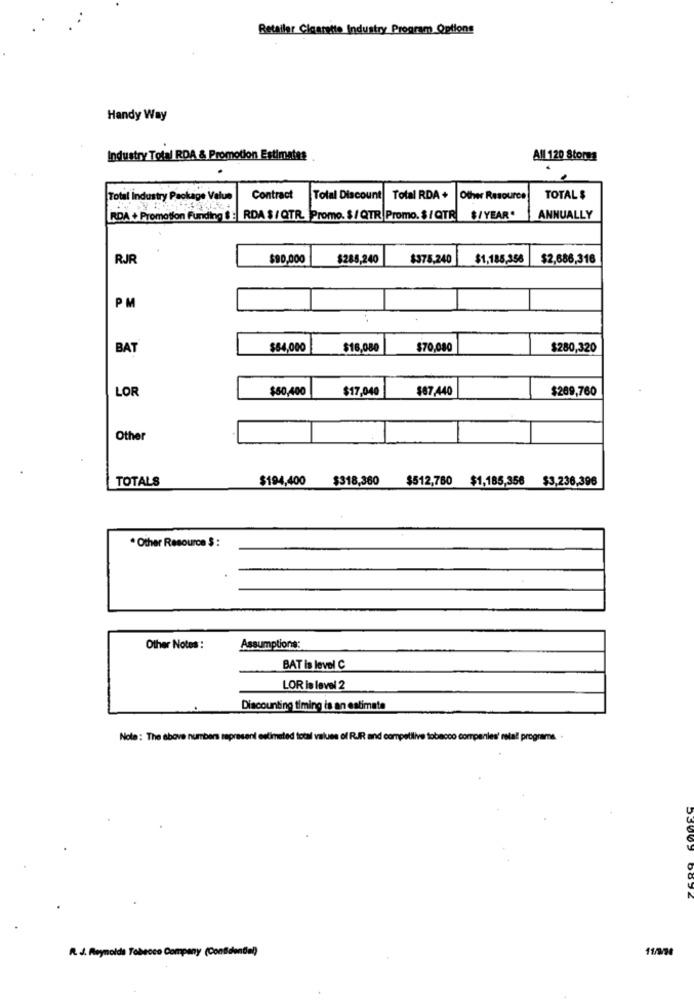
Retailer Cigarette Industry Program Options
Handy Way
Industry Total RDA & Promotion Estimates
All 120 Storms
Total Industry Package Value
Contract
Total Discount
Total RDA+
Other Resource
TOTAL $
RDA + Promotion Funding SE RDA $ / QTR. Promo. $ / QTR Promo. $ / QTR $/ YEAR"
ANNUALLY
RJR
$90,000
$288,240
$378,240
$1,185,358
$2,686,316
PM
BAT
$54,000
$16,080
$70,080
$280,320
LOR
$50,400
$17,040
$87.440
$269,760
Other
TOTALS
$194,400 $318,360
$512,760 $1,185,356 $3,236,396
* Other Resource $ :
Other Notes :
Assumptions:
BAT is level C
LOR is level 2
Discounting timing is an estimate
Note: The above numbers represent estimated total values of RIR and competilive tobacco compenles' retall programs.
53003
R. J. Reynolds Tobacco Company (ConfidenDel)
11/200